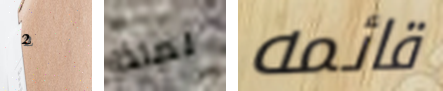
2 لماذا قائمه